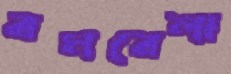
বমবেলা